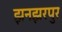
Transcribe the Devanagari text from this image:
झनझरपुर